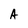
Character: A